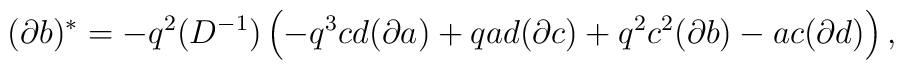
(\partial b)^{*}=-q^2(D^{-1})\left(-q^3cd(\partial a)+qad(\partial c)+q^2c^2(\partial b)-ac(\partial d)\right),